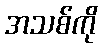
အသစ်ကို